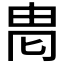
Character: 𱰨